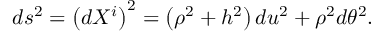
d s ^ { 2 } = \left( d X ^ { i } \right) ^ { 2 } = \left( \rho ^ { 2 } + h ^ { 2 } \right) d u ^ { 2 } + \rho ^ { 2 } d \theta ^ { 2 } .